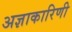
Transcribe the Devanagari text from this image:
अज्ञाकारिणी